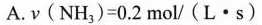
A. $$ν ( N H _ { 3 } ) = 0 . 2 m o l / ( L · s